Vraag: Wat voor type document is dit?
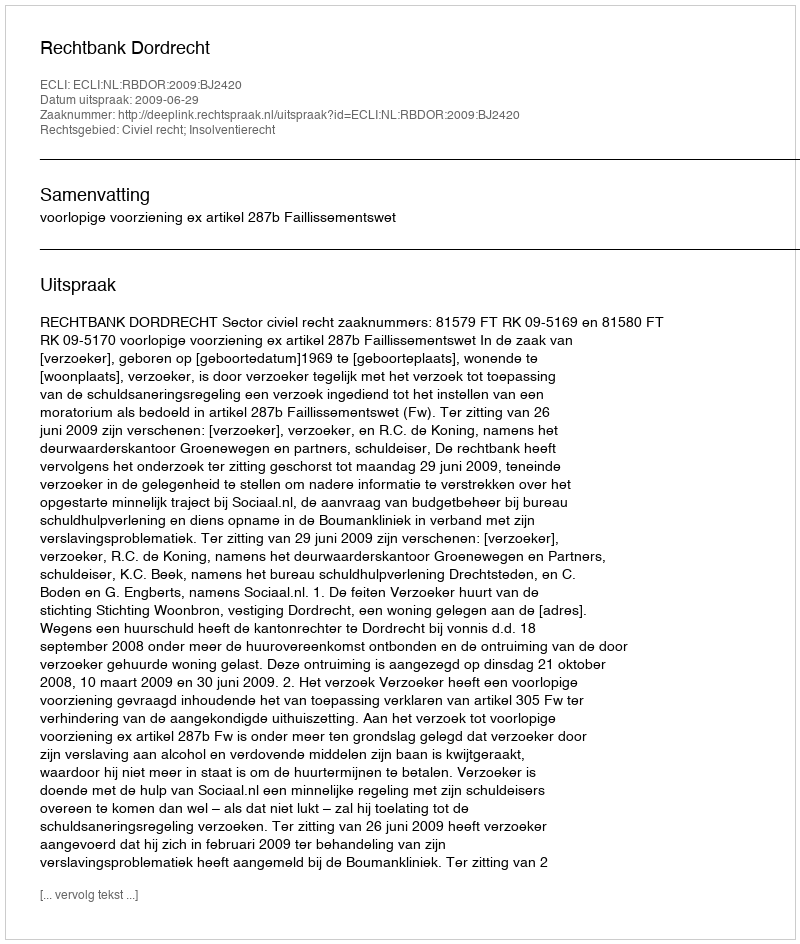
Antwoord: Uitspraak